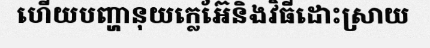
ហើយបញ្ហានុយក្លេអ៊ែនិងវិធីដោះស្រាយ